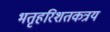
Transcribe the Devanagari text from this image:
भतृहरिशतकत्रय